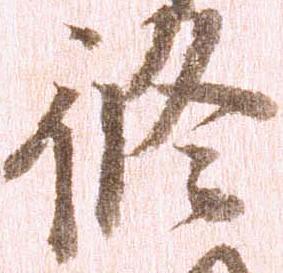
修